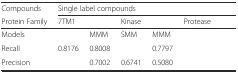
<table><thead><tr><td><b>Compounds</b></td><td colspan="6"><b>Single label compounds</b></td></tr><tr><td><b>Protein Family</b></td><td colspan="2"><b>7TM1</b></td><td colspan="2"><b>Kinase</b></td><td colspan="2"><b>Protease</b></td></tr></thead><tbody><tr><td>Models</td><td>[EMPTY_CELL]</td><td>MMM</td><td>SMM</td><td>MMM</td><td>[EMPTY_CELL]</td><td>[EMPTY_CELL]</td></tr><tr><td>Recall</td><td>0.8176</td><td>0.8008</td><td>[EMPTY_CELL]</td><td>0.7797</td><td>[EMPTY_CELL]</td><td>[EMPTY_CELL]</td></tr><tr><td>Precision</td><td>[EMPTY_CELL]</td><td>0.7002</td><td>0.6741</td><td>0.5080</td><td>[EMPTY_CELL]</td><td>[EMPTY_CELL]</td></tr></tbody></table>